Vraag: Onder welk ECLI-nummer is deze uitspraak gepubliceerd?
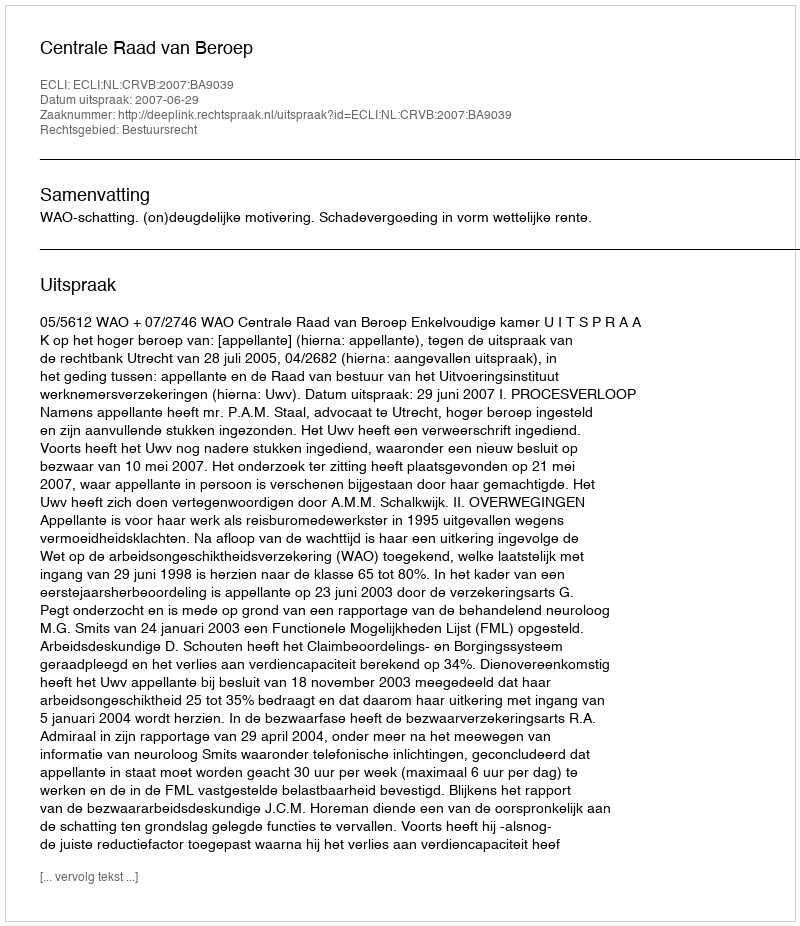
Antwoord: ECLI:NL:CRVB:2007:BA9039